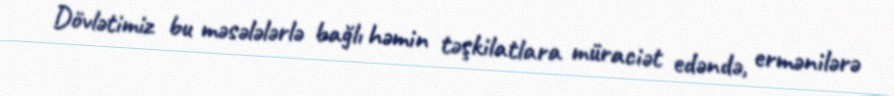
Dövlətimiz bu məsələlərlə bağlı həmin təşkilatlara müraciət edəndə, ermənilərə